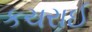
કચરાઈ